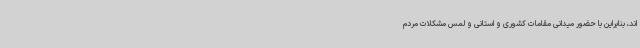
اند، بنابراین با حضور میدانی مقامات کشوری و استانی و لمس مشکلات مردم